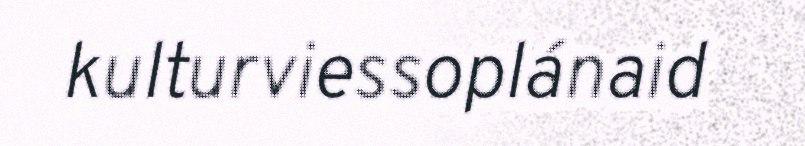
kulturviessoplánaid